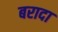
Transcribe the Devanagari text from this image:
बरादा